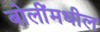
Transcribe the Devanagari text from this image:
बोलींमधील